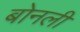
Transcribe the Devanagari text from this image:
बोनली